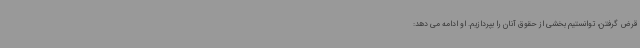
قرض گرفتن، توانستیم بخشی از حقوق آنان را بپردازیم. او ادامه می دهد: